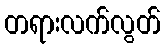
တရားလက်လွတ်